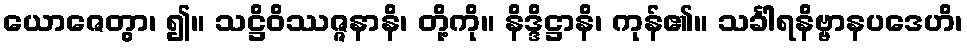
ယောဇေတွာ၊ ၍။ သဋ္ဌိဝိဿဇ္ဇနာနိ၊ တို့ကို။ နိဒ္ဒိဋ္ဌာနိ၊ ကုန်၏။ သင်္ခါရနိဗ္ဗာနပဒေဟိ၊